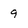
Character: 9